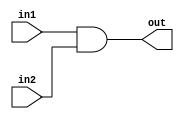
module and32(out,in1,in2);
	input [31:0] in1,in2;
	output [31:0] out;
	assign {out}=in1&in2;
endmodule

module or32(out,in1,in2);
	input [31:0] in1,in2;
	output [31:0] out;
	assign {out}=in1 | in2;
endmodule

module not32(out,in);
	input [31:0] in;
	output [31:0] out;
	assign {out} = ~in;
endmodule